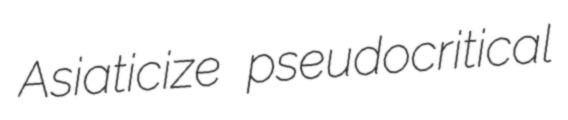
Asiaticize pseudocritical